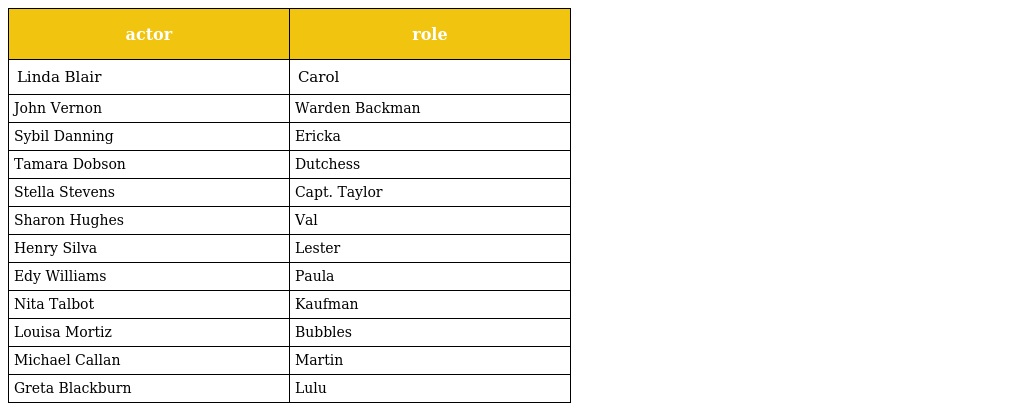
| actor | role |
 | --- | --- |
 | Linda Blair | Carol |
 | John Vernon | Warden Backman |
 | Sybil Danning | Ericka |
 | Tamara Dobson | Dutchess |
 | Stella Stevens | Capt. Taylor |
 | Sharon Hughes | Val |
 | Henry Silva | Lester |
 | Edy Williams | Paula |
 | Nita Talbot | Kaufman |
 | Louisa Mortiz | Bubbles |
 | Michael Callan | Martin |
 | Greta Blackburn | Lulu |